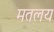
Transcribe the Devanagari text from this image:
मतलय